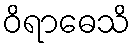
ဝိရာဓေသိ